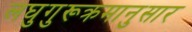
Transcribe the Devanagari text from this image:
लघुगुरूक्रमानुसार